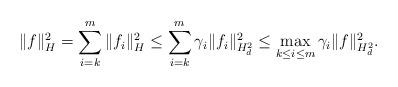
LaTeX: \begin{align*}\|f\|_H^2 = \sum_{i=k}^m \|f_i\|_H^2 \leq \sum_{i=k}^m \gamma_i\|f_i\|_{H_d^2}^2 \leq \max_{k \leq i \leq m}\gamma_i \|f\|_{H^2_d}^2 .\end{align*}